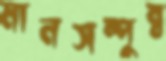
মানসম্পুন্ন